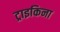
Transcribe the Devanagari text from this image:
ट्राइकिना